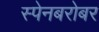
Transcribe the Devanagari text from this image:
स्पेनबरोबर